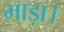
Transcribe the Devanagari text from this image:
भाड़ा।